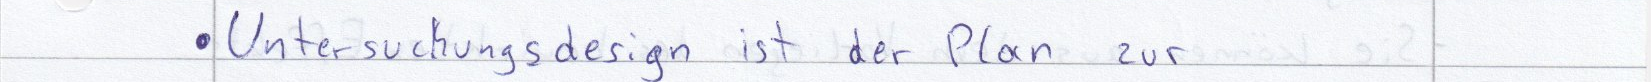
Untersuchungsdesign ist der Plan zur